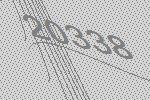
20338